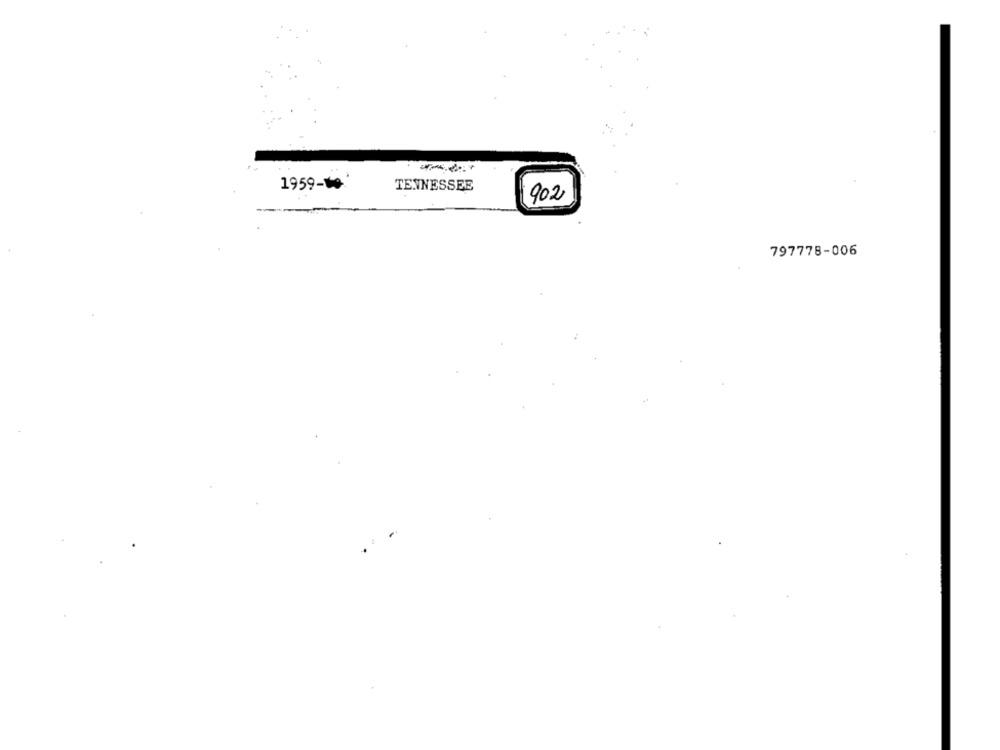
1959-10.
TENNESSEE
902
797778-006